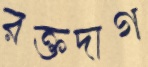
রক্তদাগ